Voisiku_vallavalitsus, lk 105
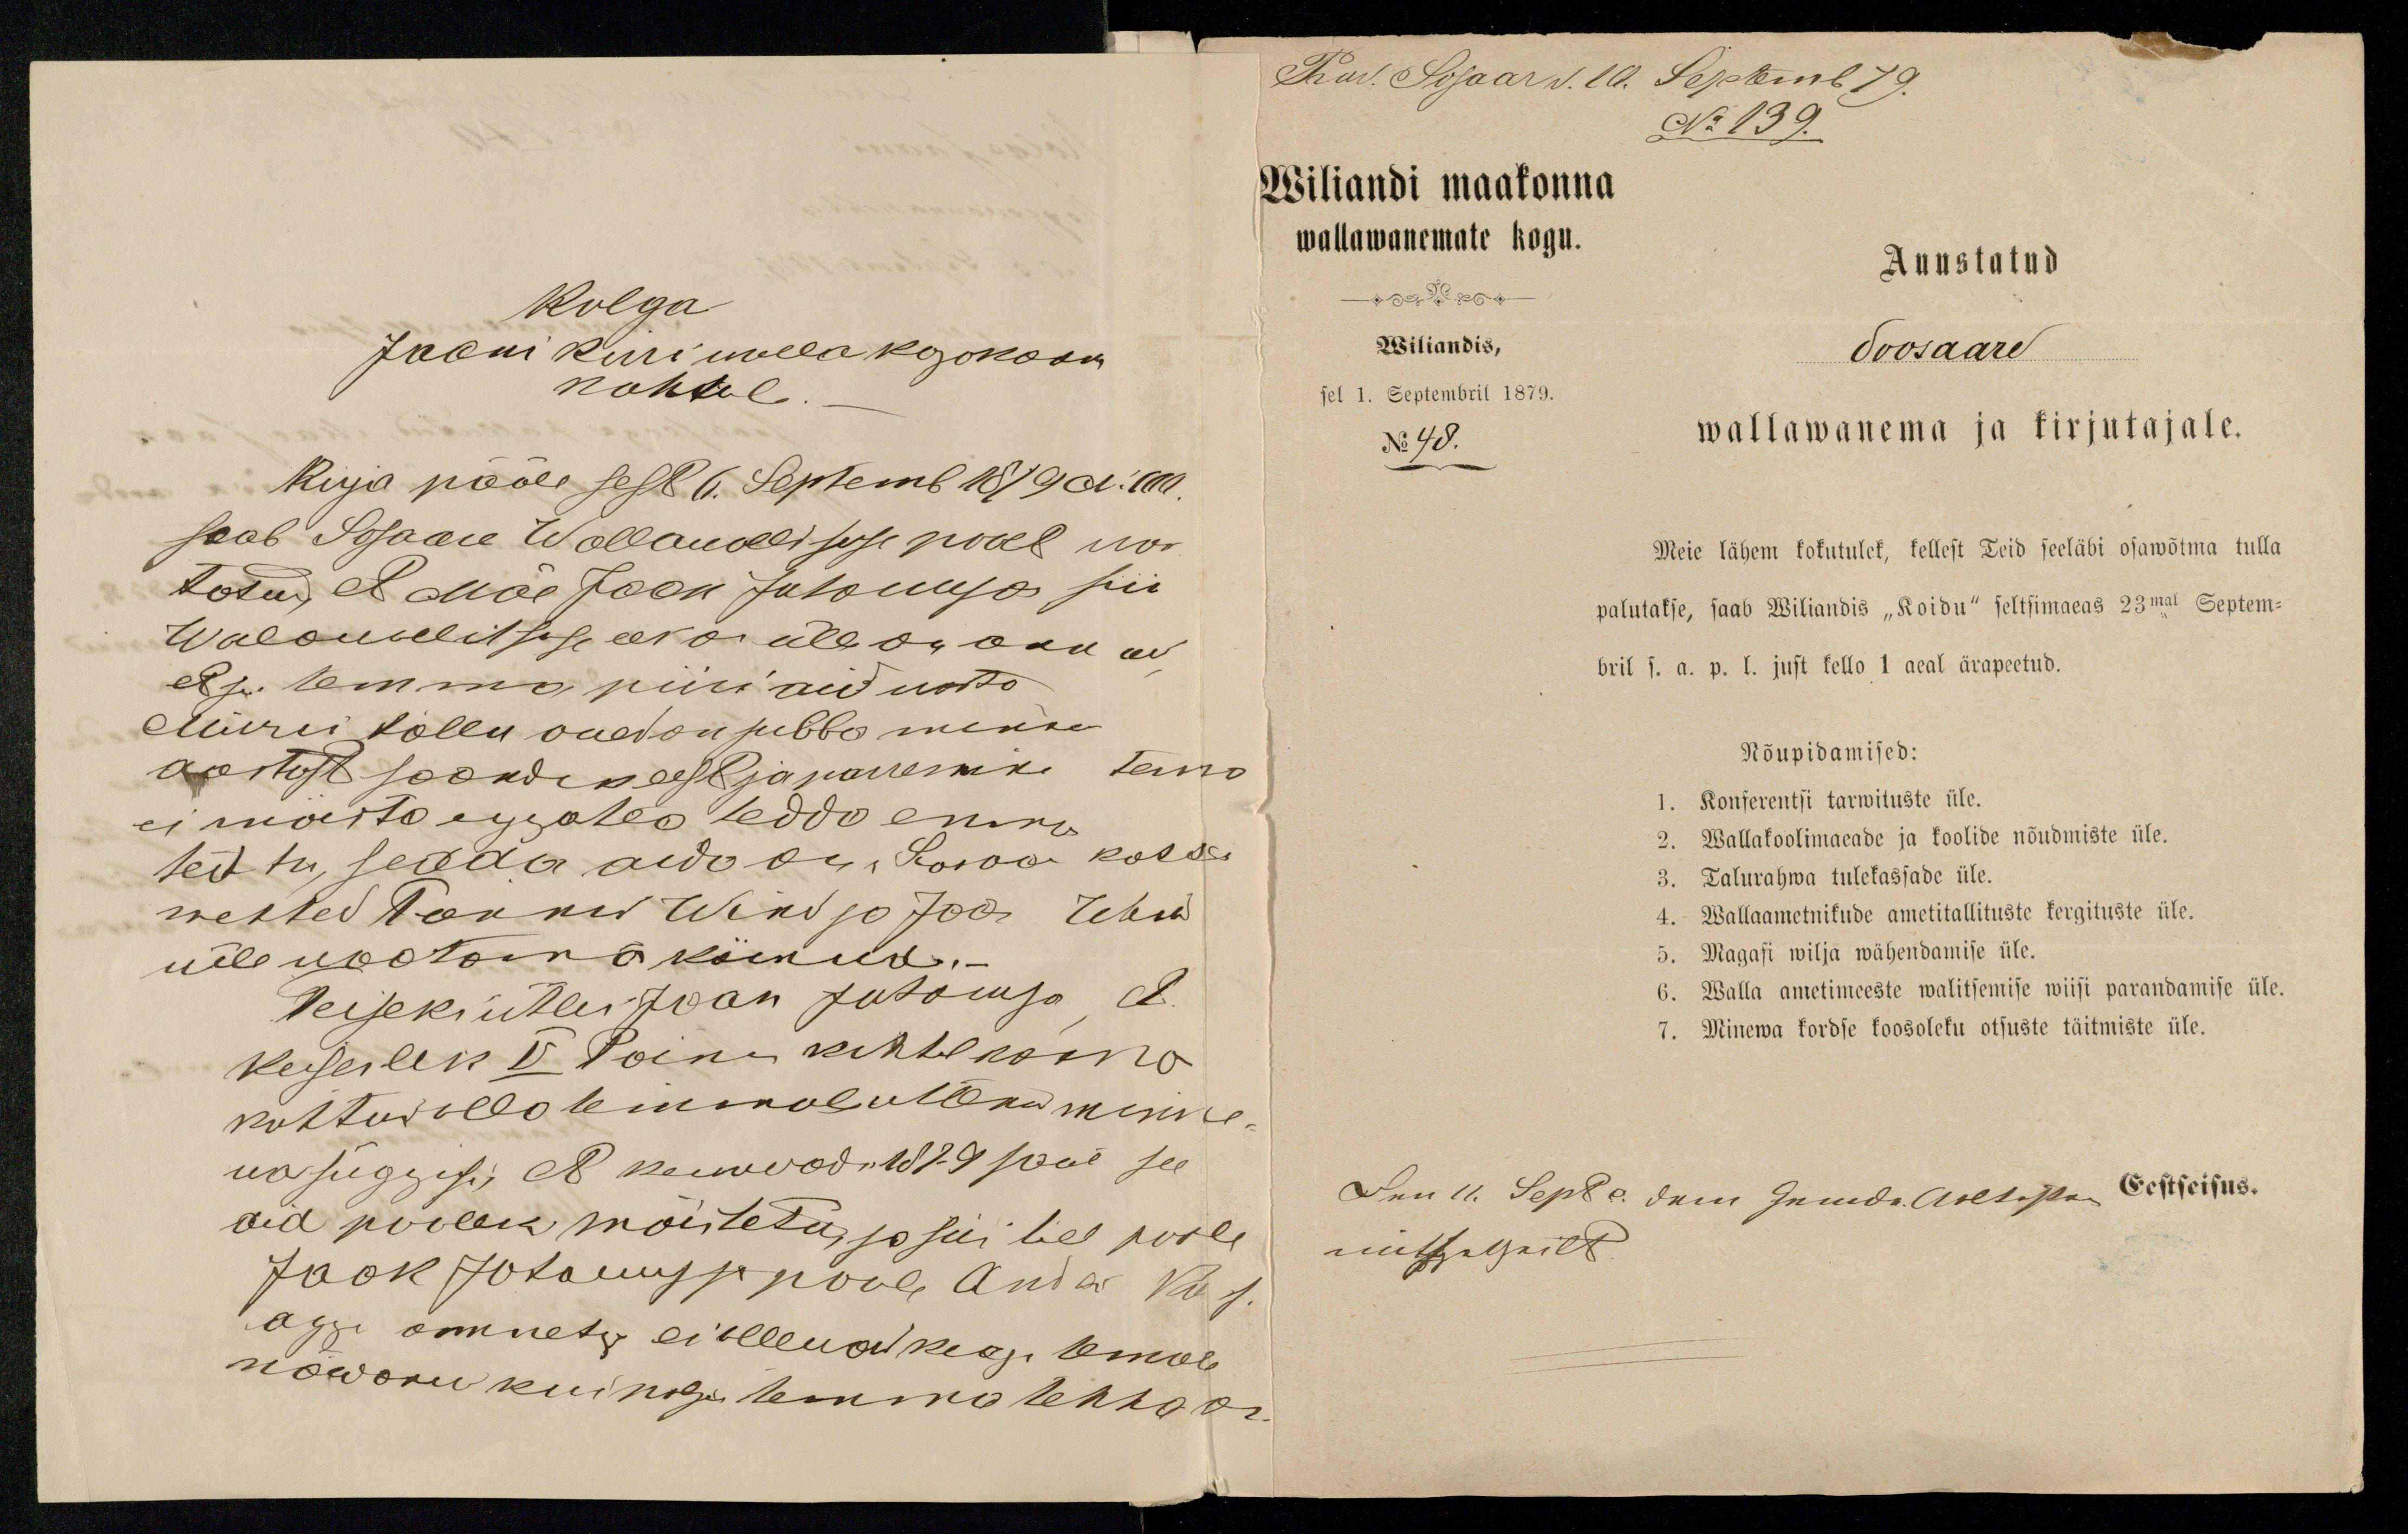
Kolga
Jaani kirri wallakogokoon
kohtule
Kirja pääle sest  6. Septemb 1879 a. Mill
saab Sosaare Wallawallisuse poole nos
todu, et Mäe Jaan Juhonson siin
Walawalitsuse ees on üle on onn on
et ju. temma piiri aid wasto
Muru tallu onet on jubba mito
aastast saandik eest ja waremki tema
ei wöito eijesteo teddo enne
teittu, see on aido on Sosaar kassa
wetted Tõnnis Wing ja Jaan Tehw
üle waatama käinud.-
Teiseks ütles Jaan Jutamja A.
Keiserlik V Poina kihelkonna
kohtu olla temmale üttend minne-
wa süggis; et kewwad 1879 saab see
aid poolek mõistetu, ja kui suisel poole
Jaak Johansoni poole Andes Vaar
aga ommete ei sellewa keegi temale
nöworu kui nagu temma kohhos

Prod. Sosaar d. 10. Septemb 79.
No 139.
Wiliandi maakonna
wallawanemate kogu
Auustatud
Wiliandis,
Soosaare
sel 1. Septembril 1879.
No 48.
wallawanema ja kirjutajale.
Meie lähem kokutulek, kellest Teid seeläbi osawõtma tulla
palutakse, saab Wiljandis "Koidu" seltsimaeas 23mal Septem-
bril s. a. p. l. just kello 1 aeal ärapeetud.
Nõupidamised:
1. Konferentsi tarwituste üle.
2. Wallakoolimaeade ja koolide nõudmiste üle.
3. Talurahwa tulekassade üle.
4. Wallaametnikude ametitallituste kergitustest üle.
5. Magasi wilja wähendamise üle.
6. Walla ametimeeste walitsemise wiisi parandamise üle.
7. Minewa kordse koosoleku otsuste täitmiste üle.
Den. 11. Sept. c. dem Gemde. Aeltesten Eestseisus.
mittelgetheilt